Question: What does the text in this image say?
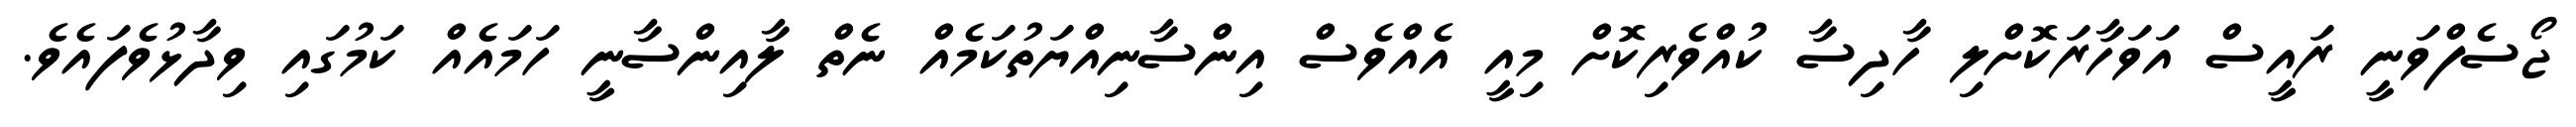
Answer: ޖޯސެފްވަނީ ރައީސް އަވަހާރަކޮށްލި ހާދިސާ ކުއްވެރިކޮށް މިއީ އެއްވެސް އިންސާނިއްޔަތުކަމެއް ނެތް ލާއިންސާނީ ހަމައެއް ކަމުގައި ވިދާޅުވެފައެވެ.